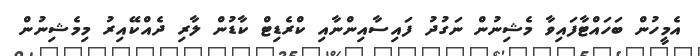
އެމީހުން ބަހައްޓާފައިވާ މެޝިނުން ނަގުދު ފައިސާއިންނާއި ކްރެޑިޓް ކާޑުން ލާރި ދެއްކޭއިރު މިމެޝިނުން